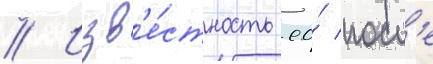
// Изв'е́стность ео́ посл'е